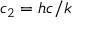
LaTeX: c _ { 2 } = h c / k